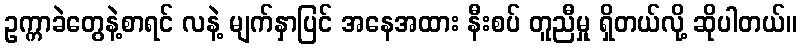
ဥက္ကာခဲတွေနဲ့စာရင် လနဲ့ မျက်နှာပြင် အနေအထား နီးစပ် တူညီမှု ရှိတယ်လို့ ဆိုပါတယ်။